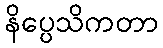
နိပ္ပေသိကတာ